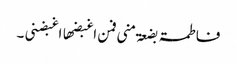
فاطمۃ بضعۃ منی فمن اغبضھا اغبضنی ۔